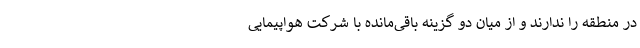
در منطقه را ندارند و از میان دو گزینه باقی‌مانده با شرکت هواپیمایی